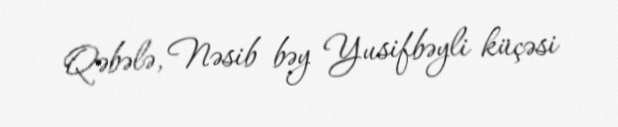
Qəbələ, Nəsib bəy Yusifbəyli küçəsi